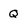
Character: Q